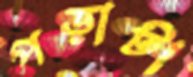
পড়াটা